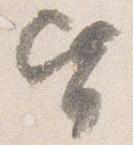
皆